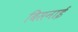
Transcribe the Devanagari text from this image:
बिसनाई